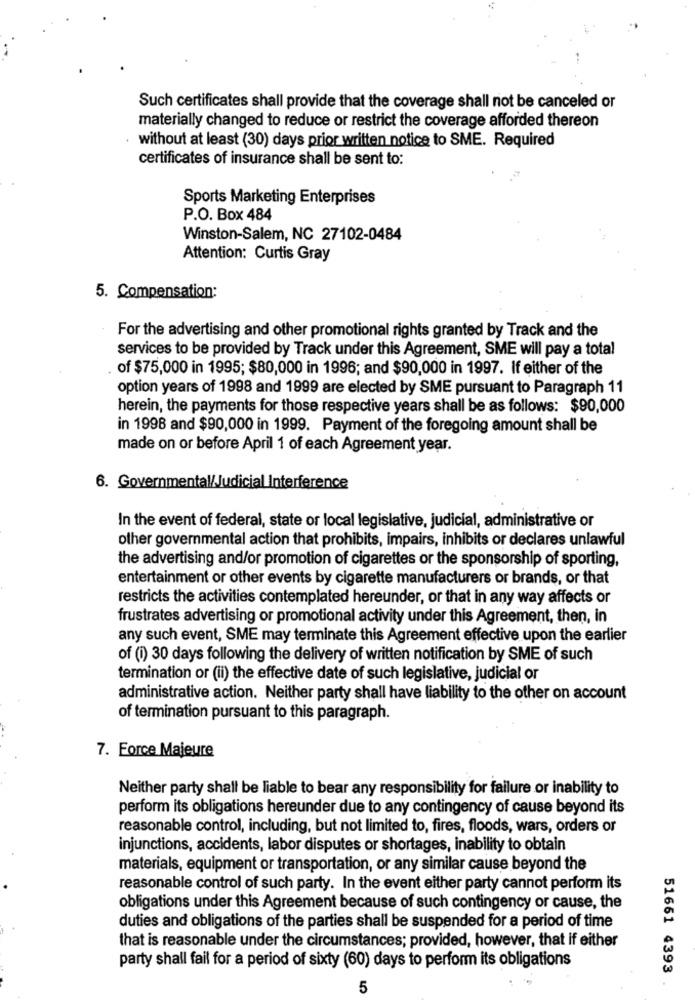
Such certificates shall provide that the coverage shall not be canceled or
materially changed to reduce or restrict the coverage afforded thereon
without at least (30) days prior written notice to SME. Required
certificates of insurance shall be sent to:
Sports Marketing Enterprises
P.O. Box 484
Winston-Salem, NC 27102-0484
Attention: Curtis Gray
5. Compensation:
For the advertising and other promotional rights granted by Track and the
services to be provided by Track under this Agreement, SME will pay a total
of $75,000 in 1995; $80,000 in 1996; and $90,000 in 1997. If either of the
option years of 1998 and 1999 are elected by SME pursuant to Paragraph 11
herein, the payments for those respective years shall be as follows: $90,000
in 1998 and $90,000 in 1999. Payment of the foregoing amount shall be
made on or before April 1 of each Agreement year.
6. Governmental/Judicial Interference
In the event of federal, state or local legislative, judicial, administrative or
other governmental action that prohibits, impairs, inhibits or declares unlawful
the advertising and/or promotion of cigarettes or the sponsorship of sporting,
entertainment or other events by cigarette manufacturers or brands, or that
restricts the activities contemplated hereunder, or that in any way affects or
frustrates advertising or promotional activity under this Agreement, then, in
any such event, SME may terminate this Agreement effective upon the earlier
of (i) 30 days following the delivery of written notification by SME of such
termination or (ii) the effective date of such legislative, judicial or
administrative action. Neither party shall have liability to the other on account
of termination pursuant to this paragraph.
7. Force Majeure
Neither party shall be liable to bear any responsibility for failure or inability to
perform its obligations hereunder due to any contingency of cause beyond its
reasonable control, including, but not limited to, fires, floods, wars, orders or
injunctions, accidents, labor disputes or shortages, inability to obtain
materials, equipment or transportation, or any similar cause beyond the
reasonable control of such party. In the event either party cannot perform its
obligations under this Agreement because of such contingency or cause, the
duties and obligations of the parties shall be suspended for a period of time
that is reasonable under the circumstances; provided, however, that If either
party shall fail for a period of sixty (60) days to perform its obligations
51661 4393
5